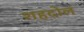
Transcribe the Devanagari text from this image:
शहदोल